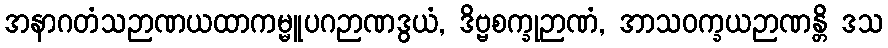
အနာဂတံသဉာဏယထာကမ္မူပဂဉာဏဒွယံ, ဒိဗ္ဗစက္ခုဉာဏံ, အာသဝက္ခယဉာဏန္တိ ဒသ